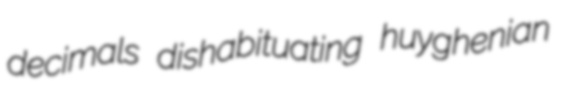
decimals dishabituating huyghenian